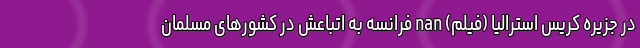
در جزیره کریس استرالیا (فیلم) nan فرانسه به اتباعش در کشورهای مسلمان